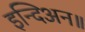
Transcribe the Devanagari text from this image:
इन्दिअन॥